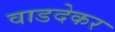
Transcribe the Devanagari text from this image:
वाडदेकर